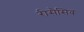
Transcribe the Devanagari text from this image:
रीसैसिव